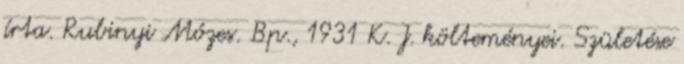
írta. Rubinyi Mózes. Bp., 1931 K. J. költeményei. Születése